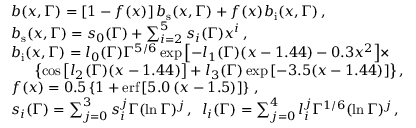
\begin{array} { r l } & { b ( x , \Gamma ) = \left[ 1 - f ( x ) \right] b _ { \mathrm { s } } ( x , \Gamma ) + f ( x ) b _ { \mathrm { i } } ( x , \Gamma ) \, , } \\ & { b _ { \mathrm { s } } ( x , \Gamma ) = s _ { 0 } ( \Gamma ) + \textstyle \sum _ { i = 2 } ^ { 5 } s _ { i } ( \Gamma ) x ^ { i } \, , } \\ & { b _ { \mathrm { i } } ( x , \Gamma ) = l _ { 0 } ( \Gamma ) \Gamma ^ { 5 / 6 } \exp { \left[ - l _ { 1 } ( \Gamma ) ( x - 1 . 4 4 ) - 0 . 3 x ^ { 2 } \right] } \times } \\ & { \, \, \, \, \, \, \, \, \, \, \left\{ \cos { \left[ l _ { 2 } ( \Gamma ) ( x - 1 . 4 4 ) \right] } + l _ { 3 } ( \Gamma ) \exp { \left[ - 3 . 5 ( x - 1 . 4 4 ) \right] } \right\} , } \\ & { f ( x ) = 0 . 5 \left\{ 1 + \mathrm { e r f } \left[ 5 . 0 \left( x - 1 . 5 \right) \right] \right\} \, , } \\ & { s _ { i } ( \Gamma ) = \textstyle \sum _ { j = 0 } ^ { 3 } s _ { i } ^ { j } \Gamma ( \ln { \Gamma } ) ^ { j } \, , \, \, \, l _ { i } ( \Gamma ) = \textstyle \sum _ { j = 0 } ^ { 4 } l _ { i } ^ { j } \Gamma ^ { 1 / 6 } ( \ln { \Gamma } ) ^ { j } \, , } \end{array}